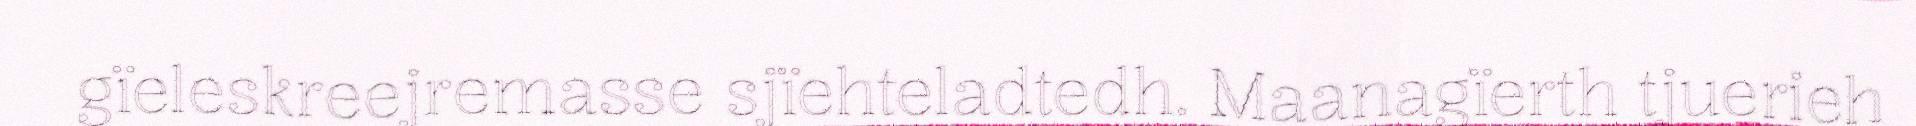
gïeleskreejremasse sjïehteladtedh. Maanagïerth tjuerieh